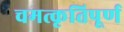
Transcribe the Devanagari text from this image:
चमत्कृतिपूर्ण